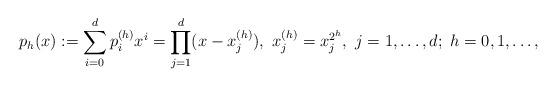
LaTeX: \begin{align*} p_h(x):=\sum_{i=0}^dp_i^{(h)}x^i=\prod_{j=1}^d(x-x_j^{(h)}),~x_j^{(h)}=x_j^{2^h},~j=1,\dots,d;~h=0,1,\dots,\end{align*}